Madras plague regulations in force outside the Presidency town - Volume 2
Disease focus: Plague
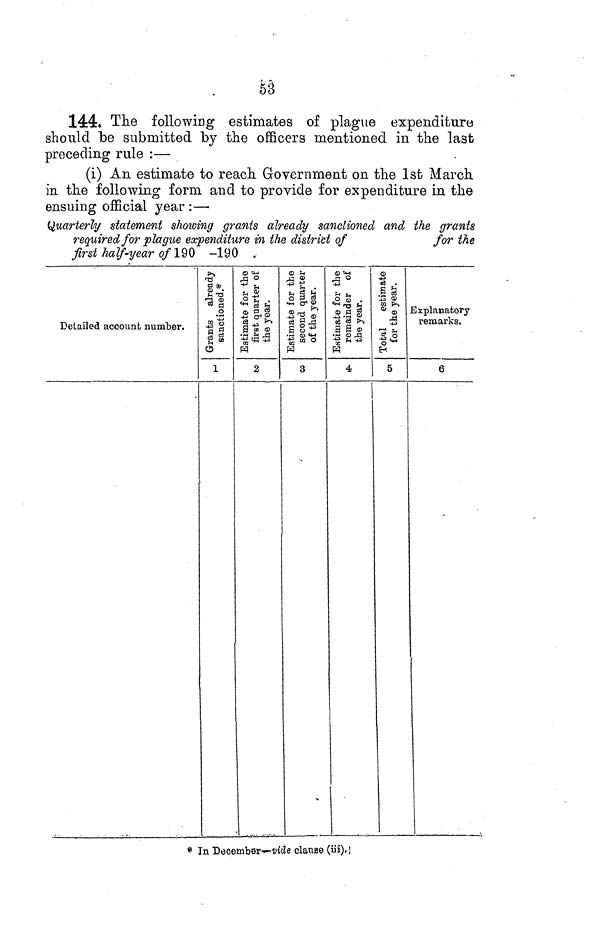
53
144. The following estimates of plague expenditure
should be submitted by the officers mentioned in the last
preceding rule :—
(i) An estimate to reach Government on the 1st March
in the following form and to provide for expenditure in the
ensuing official year :—•
Quarterly statement showing grants already sanctioned and the grants
required for plague expenditure in the district of
for the
first half-year 0/190
-190
.
Detailed account number.
&•>
rtí
g*.
1-> T3
r3 (D
* d
0
-2 2
Ü
CÍ3
1
® ti
$1
ä-
£%% 3 Ŝ
-¿ â
« <D
' -S «a
02 ^*
S
2
1?
s§S
«MO 1 ®
115
.§§2 •g m °H
3
S'^ô
+3
¿ l g
-'§ 1
eg c3 t>->
3 S «
.« <B ,£!
-« fH -Ŵ
é
1
B .
S rö
US ®
s^-
t3 1
-3
H
5
Explanatory
remarks.
6
* In Deoember*-Dt(Ze oíanse (iii).]